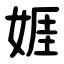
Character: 娾